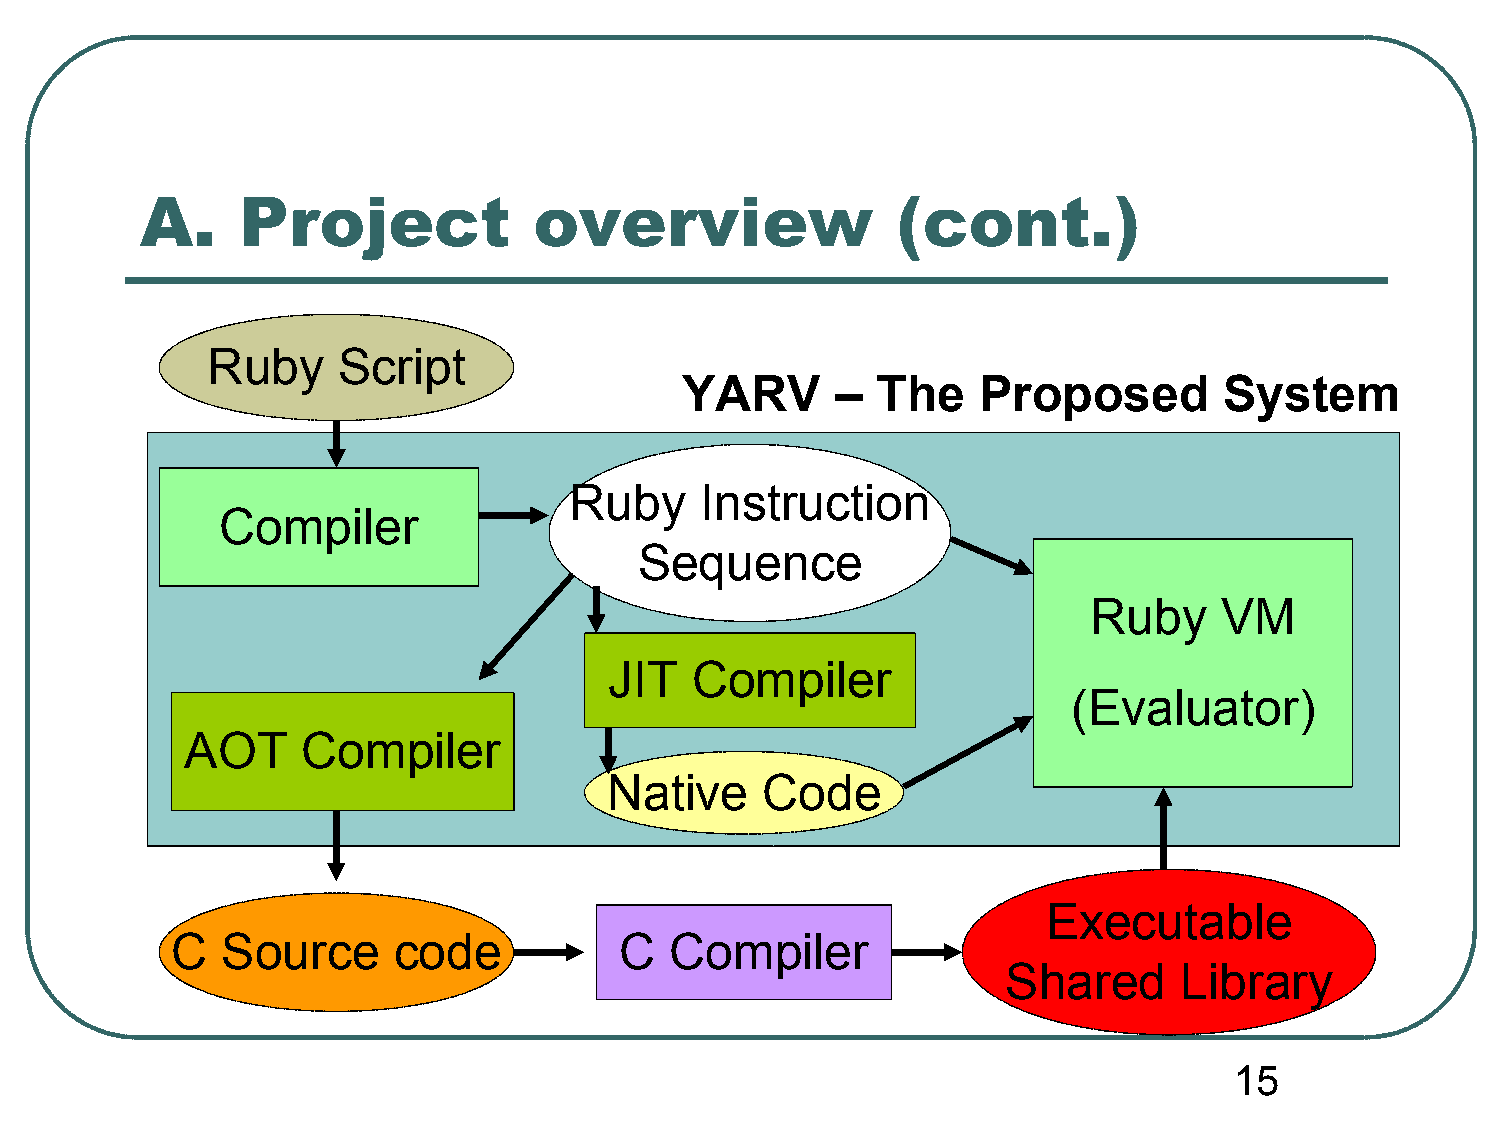
A.     Project            overview                (cont.)
 Ruby    Script
 YARV      –  The    Proposed        System
 Ruby    Instruction
 Compiler
 Sequence
 Ruby     VM
 JIT   Compiler
 (Evaluator)
 AOT     Compiler
 Native    Code
 Executable
 C   Source     code           C  Compiler
 Shared     Library
 15